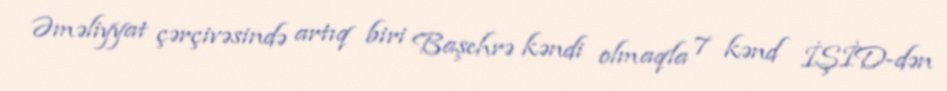
Əməliyyat çərçivəsində artıq biri Başehrə kəndi olmaqla 7 kənd İŞİD-dən